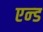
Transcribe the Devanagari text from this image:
एन्‍ड